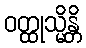
ဝတ္ထုသ္မိန္တိ